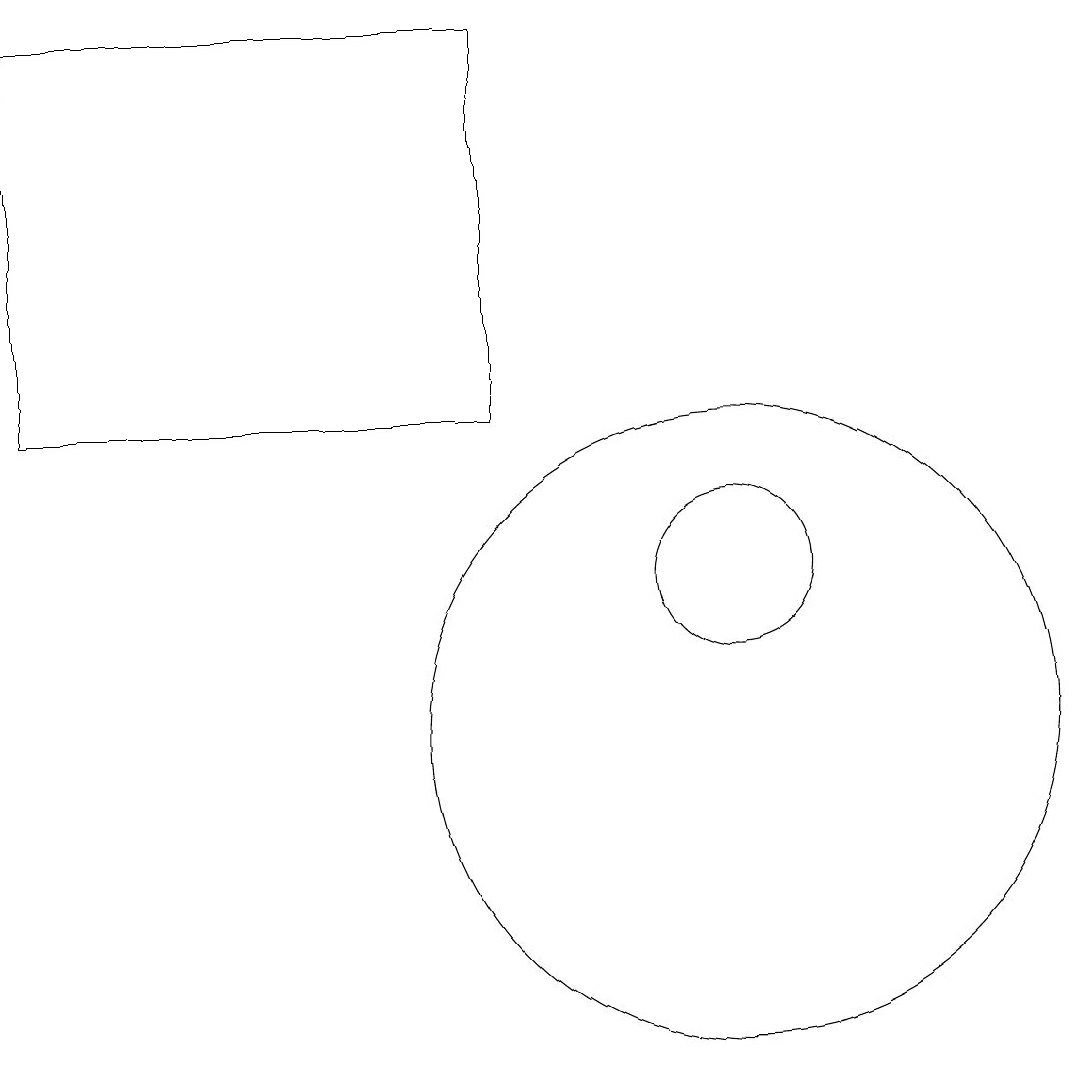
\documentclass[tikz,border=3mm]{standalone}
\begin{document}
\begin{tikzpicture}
\draw (9,19) rectangle (3,14);
\draw (12,10) circle (4);
\draw (12,12) circle (1);
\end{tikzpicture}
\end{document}